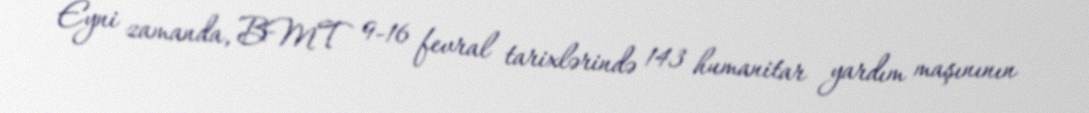
Eyni zamanda, BMT 9-16 fevral tarixlərində 143 humanitar yardım maşınının